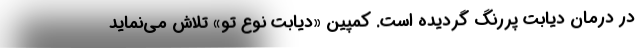
در درمان دیابت پررنگ گردیده است. کمپین «دیابت نوع تو» تلاش می‌نماید